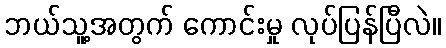
ဘယ်သူ့အတွက် ကောင်းမှု လုပ်ပြန်ပြီလဲ။